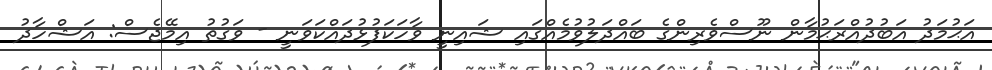
އަޙުމަދު އަބުދުއްރަޙުމާން ނޫސްވެރިންގެ ބައްދަލުވުމެއްގައި ޝައިނީ ވާހަކަފުޅުދައްކަވަނީ - ވަގުތު އިމޭޖެސް: އަޝްހާދު